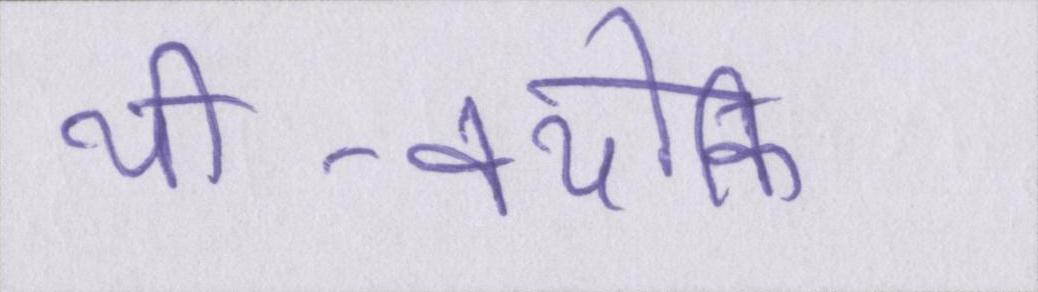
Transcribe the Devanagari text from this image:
थी-क्योंकि